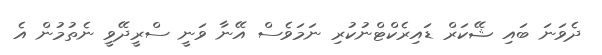
ދެވަނަ ބައި ޝޭކަރް ޑައިރެކްޓްނުކުރި ނަމަވެސް އޭނާ ވަނީ ސްރީދޭވީ ނެތުމުން އެ